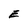
Character: E